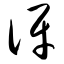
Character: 讶